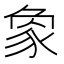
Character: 𧰼